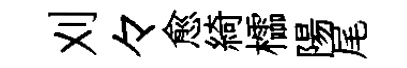
刈々愈綺櫺陽尾